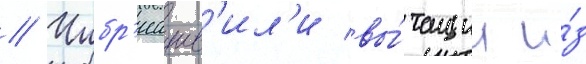
// Чибр'иашв'ил'и вы́тащил и́з